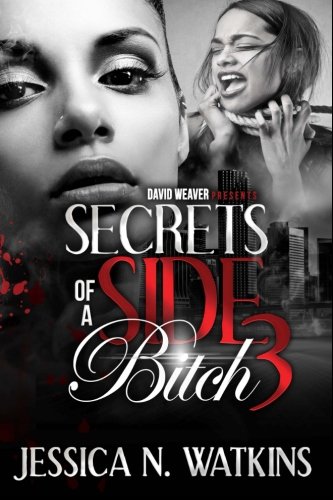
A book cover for Secrets of a Side Bitch 3; Jessica N Watkins; Romance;